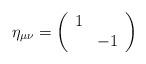
LaTeX: \begin{align*}\eta_{\mu\nu} = \left( \begin{array}{cc}1&\\&-1 \end{array} \right)\end{align*}